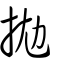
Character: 拋